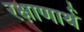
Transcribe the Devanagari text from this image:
रक्षाणार्थ